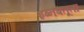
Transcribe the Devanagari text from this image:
इब्‍नबतूता